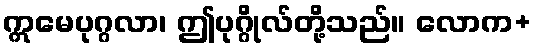
ဣမေပုဂ္ဂလာ၊ ဤပုဂ္ဂိုလ်တို့သည်။ လောက+